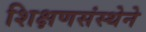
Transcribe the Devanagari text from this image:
शिक्षणसंस्थेने